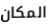
المكان